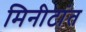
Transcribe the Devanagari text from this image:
मिनीटांत